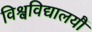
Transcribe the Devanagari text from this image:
विश्वविद्यालयौं